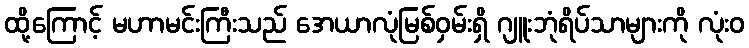
ထို့ကြောင့် မဟာမင်းကြီးသည် အေယာလုံမြစ်ဝှမ်းရှိ ဂျူးဘုံရိပ်သာများကို လုံးဝ